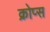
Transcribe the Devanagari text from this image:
क्रोप्स